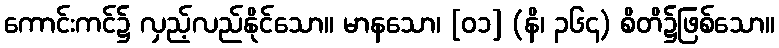
ကောင်းကင်၌ လှည့်လည်နိုင်သော။ မာနသော၊ [၀၁] (နိ၊ ၃၆၄) စိတိ၌ဖြစ်သော။